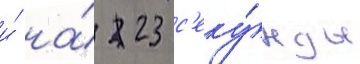
и́ на́ 23 с'еку́нды